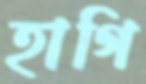
হাগি